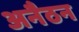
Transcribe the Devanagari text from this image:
अनैठन